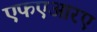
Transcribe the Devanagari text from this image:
एफएआरए